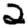
Digit: 2